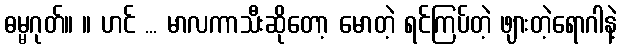
ဓမ္မဂုတ်။ ။ ဟင် ... မာလကာသီးဆိုတော့ မောတဲ့ ရင်ကြပ်တဲ့ ဖျားတဲ့ရောဂါနဲ့